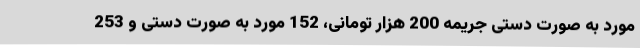
مورد به صورت دستی جریمه 200 هزار تومانی، 152 مورد به صورت دستی و 253